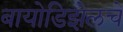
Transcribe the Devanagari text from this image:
बायोडिझेलचे